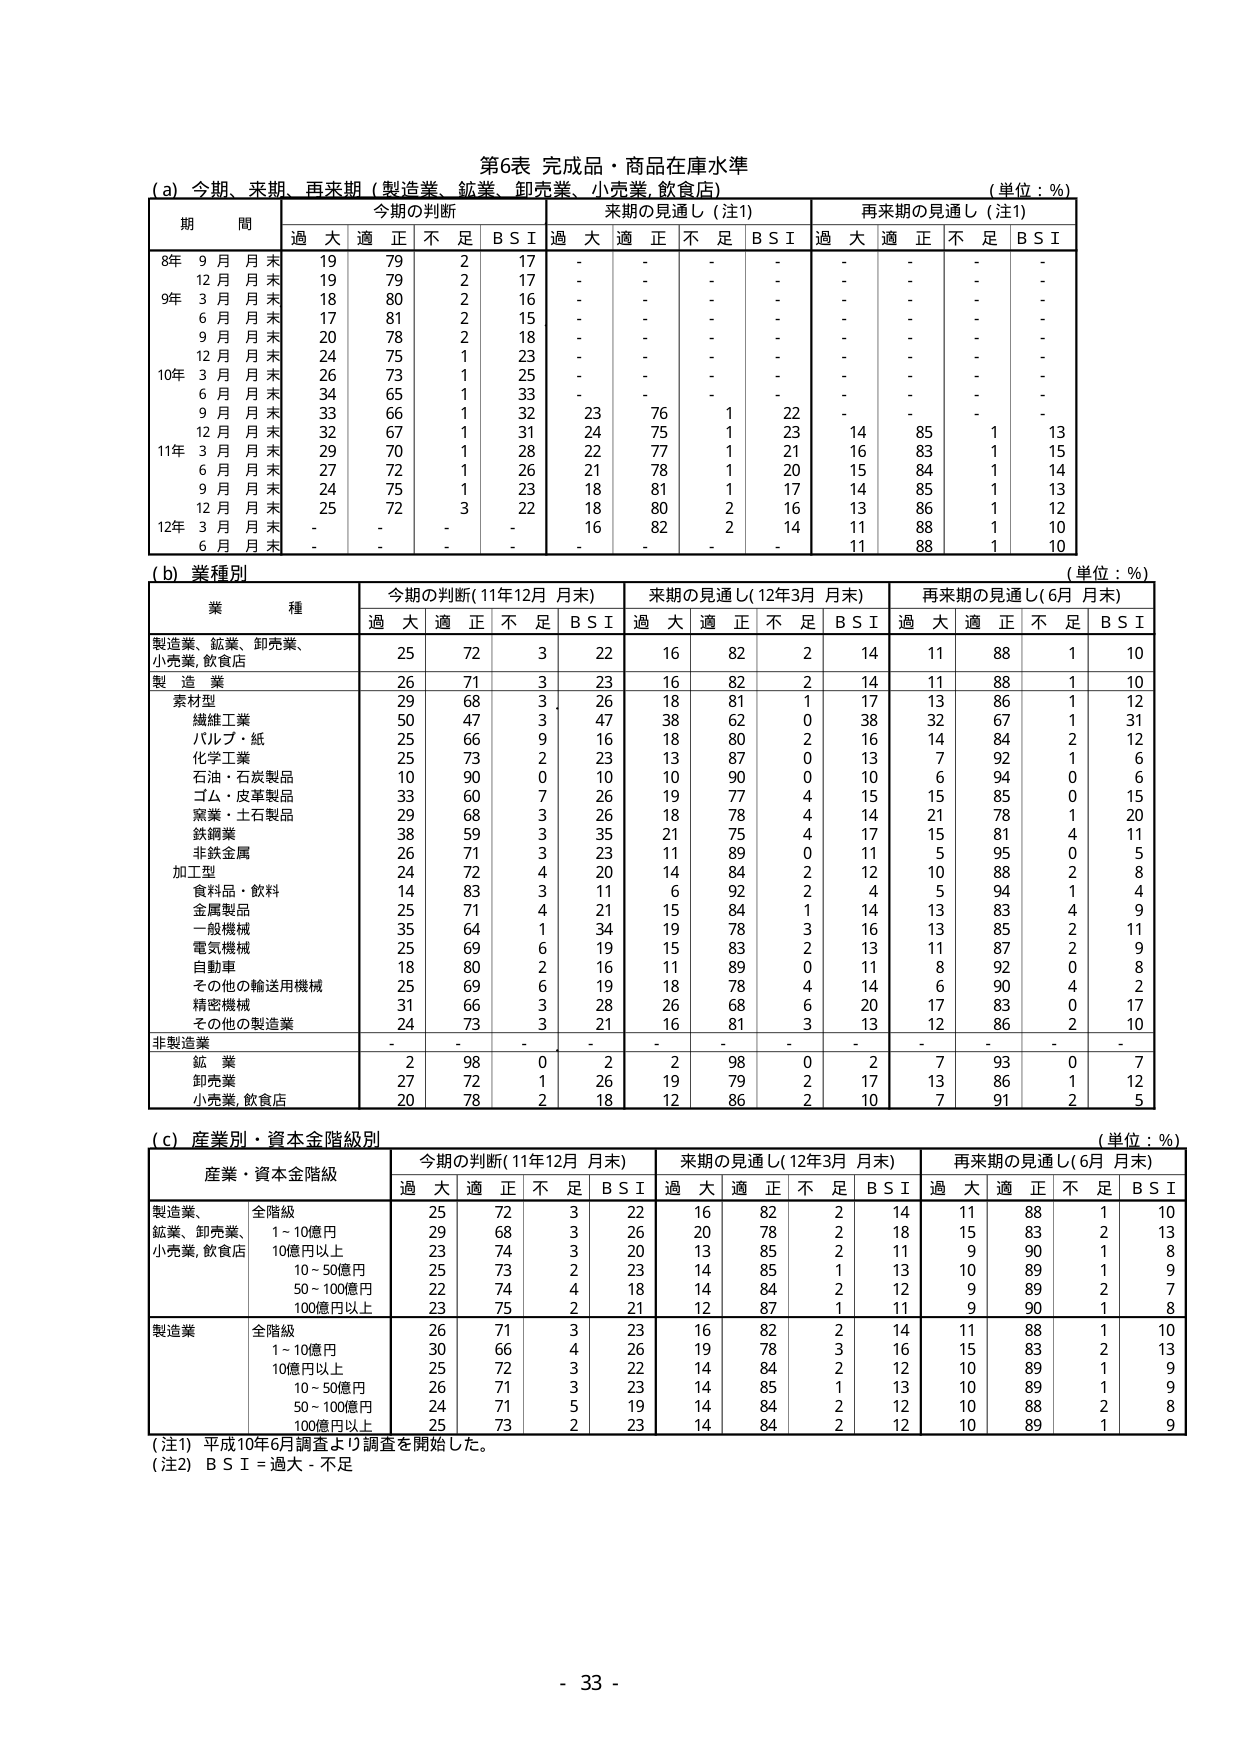
第6表 完成品・商品在庫水準
(a) 今期、来期、再来期（製造業、鉱業、卸売業、小売業、飲食店）
（単位：%）

期 間
今期の判断
来期の見通し（注1）
再来期の見通し（注1）

過 大 適 正 不 足 B S I 過 大 適 正 不 足 B S I 過 大 適 正 不 足 B S I

8年 9 月 月末 19 79 2 17 - - - - - - - -
12 月 月末 19 79 2 17 - - - - - - - -
9年 3 月 月末 18 80 2 16 - - - - - - - -
6 月 月末 17 81 2 15 - - - - - - - -
9 月 月末 20 78 2 18 - - - - - - - -
12 月 月末 24 75 1 23 - - - - - - - -
10年 3 月 月末 26 73 1 25 - - - - - - - -
6 月 月末 34 65 1 33 - - - - - - - -
9 月 月末 33 66 1 32 23 76 1 22 - - - -
12 月 月末 32 67 1 31 24 75 1 23 14 85 1 13
11年 3 月 月末 29 70 1 28 22 77 1 21 16 83 1 15
6 月 月末 27 72 1 26 21 78 1 20 15 84 1 14
9 月 月末 24 75 1 23 18 81 1 17 14 85 1 13
12 月 月末 25 72 3 22 18 80 2 16 13 86 1 12
12年 3 月 月末 - - - - 16 82 2 14 11 88 1 10
6 月 月末 - - - - - - - - 11 88 1 10

(b) 業種別
（単位：%）

業 種
今期の判断（11年12月 月末）
来期の見通し（12年3月 月末）
再来期の見通し（6月 月末）

過 大 適 正 不 足 B S I 過 大 適 正 不 足 B S I 過 大 適 正 不 足 B S I

製造業、鉱業、卸売業、小売業、飲食店 25 72 3 22 16 82 2 14 11 88 1 10
製 造 業 26 71 3 23 16 82 2 14 11 88 1 10
　素材型 29 68 3 26 18 81 1 17 13 86 1 12
　　繊維工業 50 47 3 47 38 62 0 38 32 67 1 31
　　パルプ・紙 25 66 9 16 18 80 2 16 14 84 2 12
　　化学工業 25 73 2 23 13 87 0 13 7 92 1 6
　　石油・石炭製品 10 90 0 10 10 90 0 10 6 94 0 6
　　ゴム・皮革製品 33 60 7 26 19 77 4 15 15 85 0 15
　　窯業・土石製品 29 68 3 26 18 78 4 14 21 78 1 20
　　鉄鋼業 38 59 3 35 21 75 4 17 15 81 4 11
　　非鉄金属 26 71 3 23 11 89 0 11 5 95 0 5
　加工型 24 72 4 20 14 84 2 12 10 88 2 8
　　食料品・飲料 14 83 3 11 6 92 2 4 5 94 1 4
　　金属製品 25 71 4 21 15 84 1 14 13 83 4 9
　　一般機械 35 64 1 34 19 78 3 16 13 85 2 11
　　電気機械 25 69 6 19 15 83 2 13 11 87 2 9
　　自動車 18 80 2 16 11 89 0 11 8 92 0 8
　　その他の輸送用機械 25 69 6 19 18 78 4 14 6 90 4 2
　　精密機械 31 66 3 28 26 68 6 20 17 83 0 17
　　その他の製造業 24 73 3 21 16 81 3 13 12 86 2 10
非製造業 - - - - - - - - - - - -
　鉱 業 2 98 0 2 2 98 0 2 7 93 0 7
　卸売業 27 72 1 26 19 79 2 17 13 86 1 12
　小売業、飲食店 20 78 2 18 12 86 2 10 7 91 2 5

(c) 産業別・資本金階級別
（単位：%）

産業・資本金階級
今期の判断（11年12月 月末）
来期の見通し（12年3月 月末）
再来期の見通し（6月 月末）

過 大 適 正 不 足 B S I 過 大 適 正 不 足 B S I 過 大 適 正 不 足 B S I

製造業、鉱業、卸売業、小売業、飲食店
　全階級 25 72 3 22 16 82 2 14 11 88 1 10
　　1～10億円 29 68 3 26 20 78 2 18 15 83 2 13
　　10億円以上 23 74 3 20 13 85 2 11 9 90 1 8
　　10～50億円 25 73 2 23 14 85 1 13 10 89 1 9
　　50～100億円 22 74 4 18 14 84 2 12 9 89 2 7
　　100億円以上 23 75 2 21 12 87 1 11 9 90 1 8

製造業
　全階級 26 71 3 23 16 82 2 14 11 88 1 10
　　1～10億円 30 66 4 26 19 78 3 16 15 83 2 13
　　10億円以上 25 72 3 22 14 84 2 12 10 89 1 9
　　10～50億円 26 71 3 23 14 85 1 13 10 89 1 9
　　50～100億円 24 71 5 19 14 84 2 12 10 88 2 8
　　100億円以上 25 73 2 23 14 84 2 12 10 89 1 9

（注1）平成10年6月調査より調査を開始した。
（注2）B S I = 過大 - 不足

- 33 -